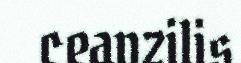
ceavzilis